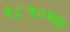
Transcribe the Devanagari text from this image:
१८५०च्या